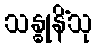
သန္ဓုနိံသု